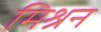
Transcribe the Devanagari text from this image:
मिश्रन